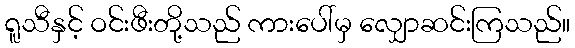
ရူသီနှင့် ဝင်းဖီးတို့သည် ကားပေါ်မှ လျှောဆင်းကြသည်။